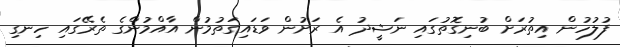
ފުލުހުން އިިތުރަށް ބުނިގޮތުގައި ނަޝީދު އެ ރަށުން ވަޑައިގަތުމުން އާއްމުންގެ ތެރޭގައި ހިނގި